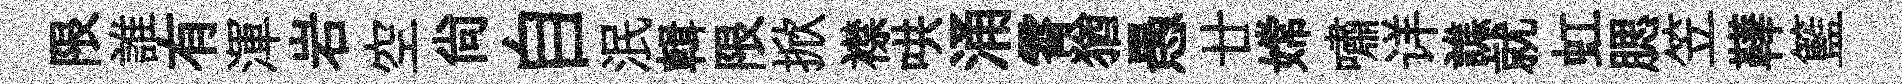
限誰有渾岩空尙自泯輯限掀襟哄涌霄猶愚廿嫦嘯详譙就虹腮笠鞾籃